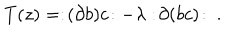
T ( z ) = : \! ( \partial b ) c \! : - \lambda : \! \partial ( b c ) \! : \ .